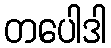
တပေါဒါ